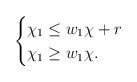
\begin{align*} \begin{cases} \chi_1 \leq w_1 \chi + r \\ \chi_1 \geq w_1 \chi. \end{cases} \end{align*}